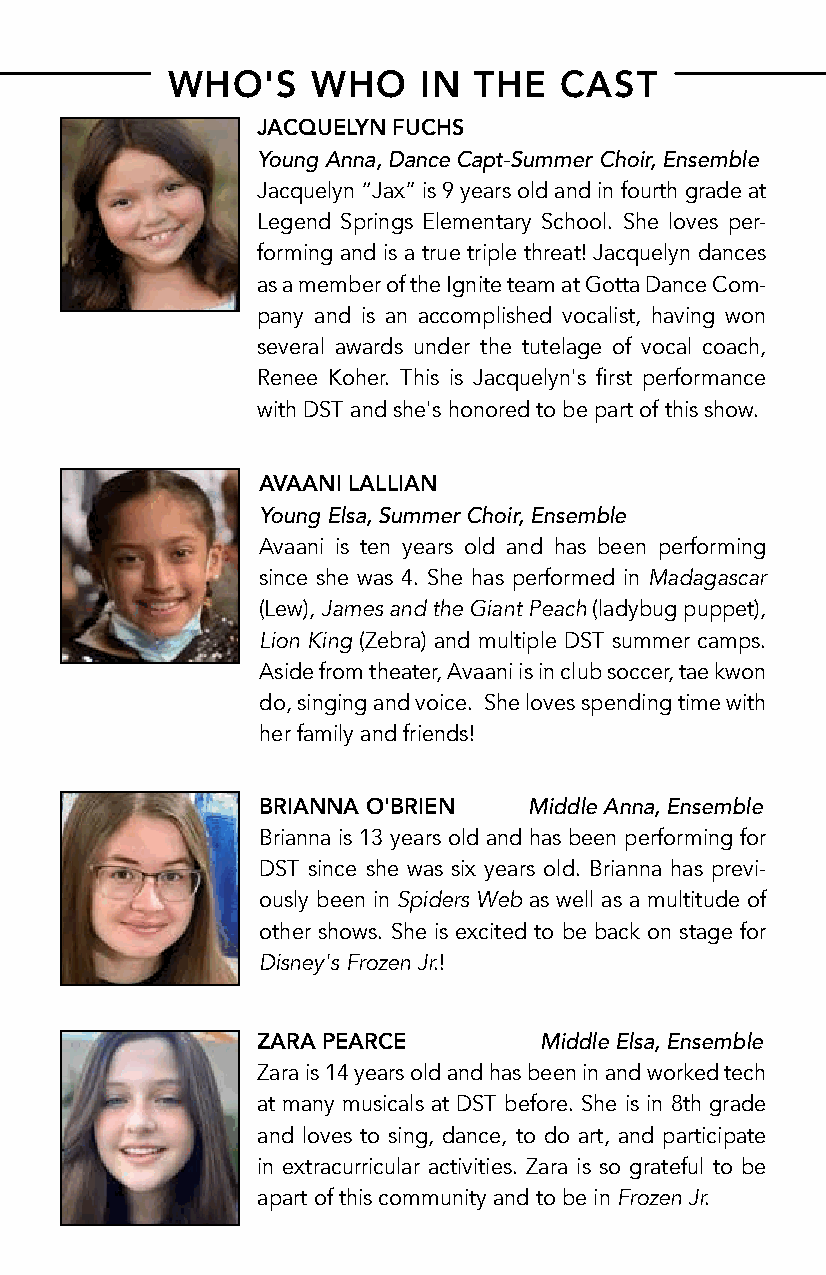
WHO'S     WHO    IN THE   CAST
 JACQUELYN FUCHS
 Young Anna, Dance Capt-Summer Choir, Ensemble
 Jacquelyn “Jax” is 9 years old and in fourth grade at
 Legend Springs Elementary School. She loves per-
 forming and is a true triple threat! Jacquelyn dances
 as a member of the Ignite team at Gotta Dance Com-
 pany and is an accomplished vocalist, having won
 several awards under the tutelage of vocal coach,
 Renee Koher. This is Jacquelyn's first performance
 with DST and she's honored to be part of this show.
 AVAANI LALLIAN
 Young Elsa, Summer Choir, Ensemble
 Avaani is ten years old and has been performing
 since she was 4. She has performed in Madagascar
 (Lew), James and the Giant Peach (ladybug puppet),
 Lion King (Zebra) and multiple DST summer camps.
 Aside from theater, Avaani is in club soccer, tae kwon
 do, singing and voice. She loves spending time with
 her family and friends!
 BRIANNA O'BRIEN   Middle Anna, Ensemble
 Brianna is 13 years old and has been performing for
 DST since she was six years old. Brianna has previ-
 ously been in Spiders Web as well as a multitude of
 other shows. She is excited to be back on stage for
 Disney's Frozen Jr.!
 ZARA PEARCE        Middle Elsa, Ensemble
 Zara is 14 years old and has been in and worked tech
 at many musicals at DST before. She is in 8th grade
 and loves to sing, dance, to do art, and participate
 in extracurricular activities. Zara is so grateful to be
 apart of this community and to be in Frozen Jr.